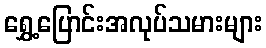
ရွှေ့ပြောင်းအလုပ်သမားများ